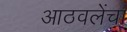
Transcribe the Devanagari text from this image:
आठवलेंचा